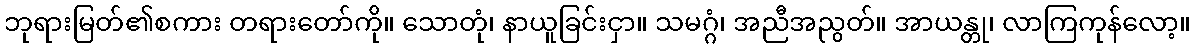
ဘုရားမြတ်၏စကား တရားတော်ကို။ သောတုံ၊ နာယူခြင်းငှာ။ သမဂ္ဂံ၊ အညီအညွတ်။ အာယန္တု၊ လာကြကုန်လော့။